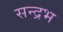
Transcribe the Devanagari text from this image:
सन्द्रभ